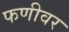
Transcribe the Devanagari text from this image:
फणीवर